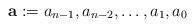
LaTeX: \begin{align*}\mathbf{a} := a_{n-1},a_{n-2},\ldots,a_{1},a_0\end{align*}